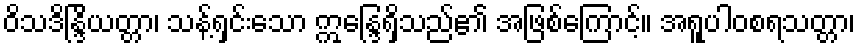
ဝိသဒိန္ဒြိယတ္တာ၊ သန့်ရှင်းသော ဣန္ဒြေရှိသည်၏ အဖြစ်ကြောင့်။ အရူပါဝစရသတ္တာ၊